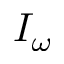
I _ { \omega }